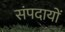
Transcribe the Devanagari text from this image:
संपदायों